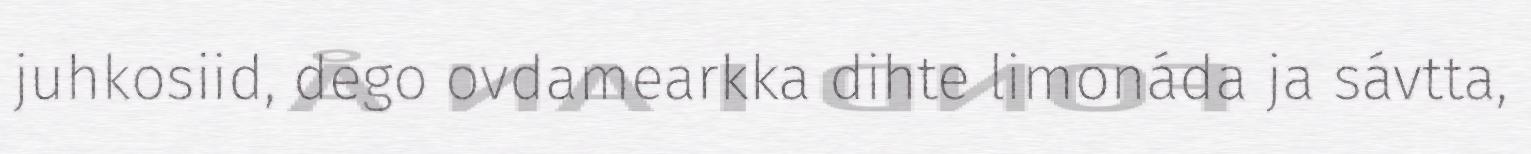
juhkosiid, dego ovdamearkka dihte limonáda ja sávtta,